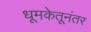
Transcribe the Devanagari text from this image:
धूमकेतूनंतर